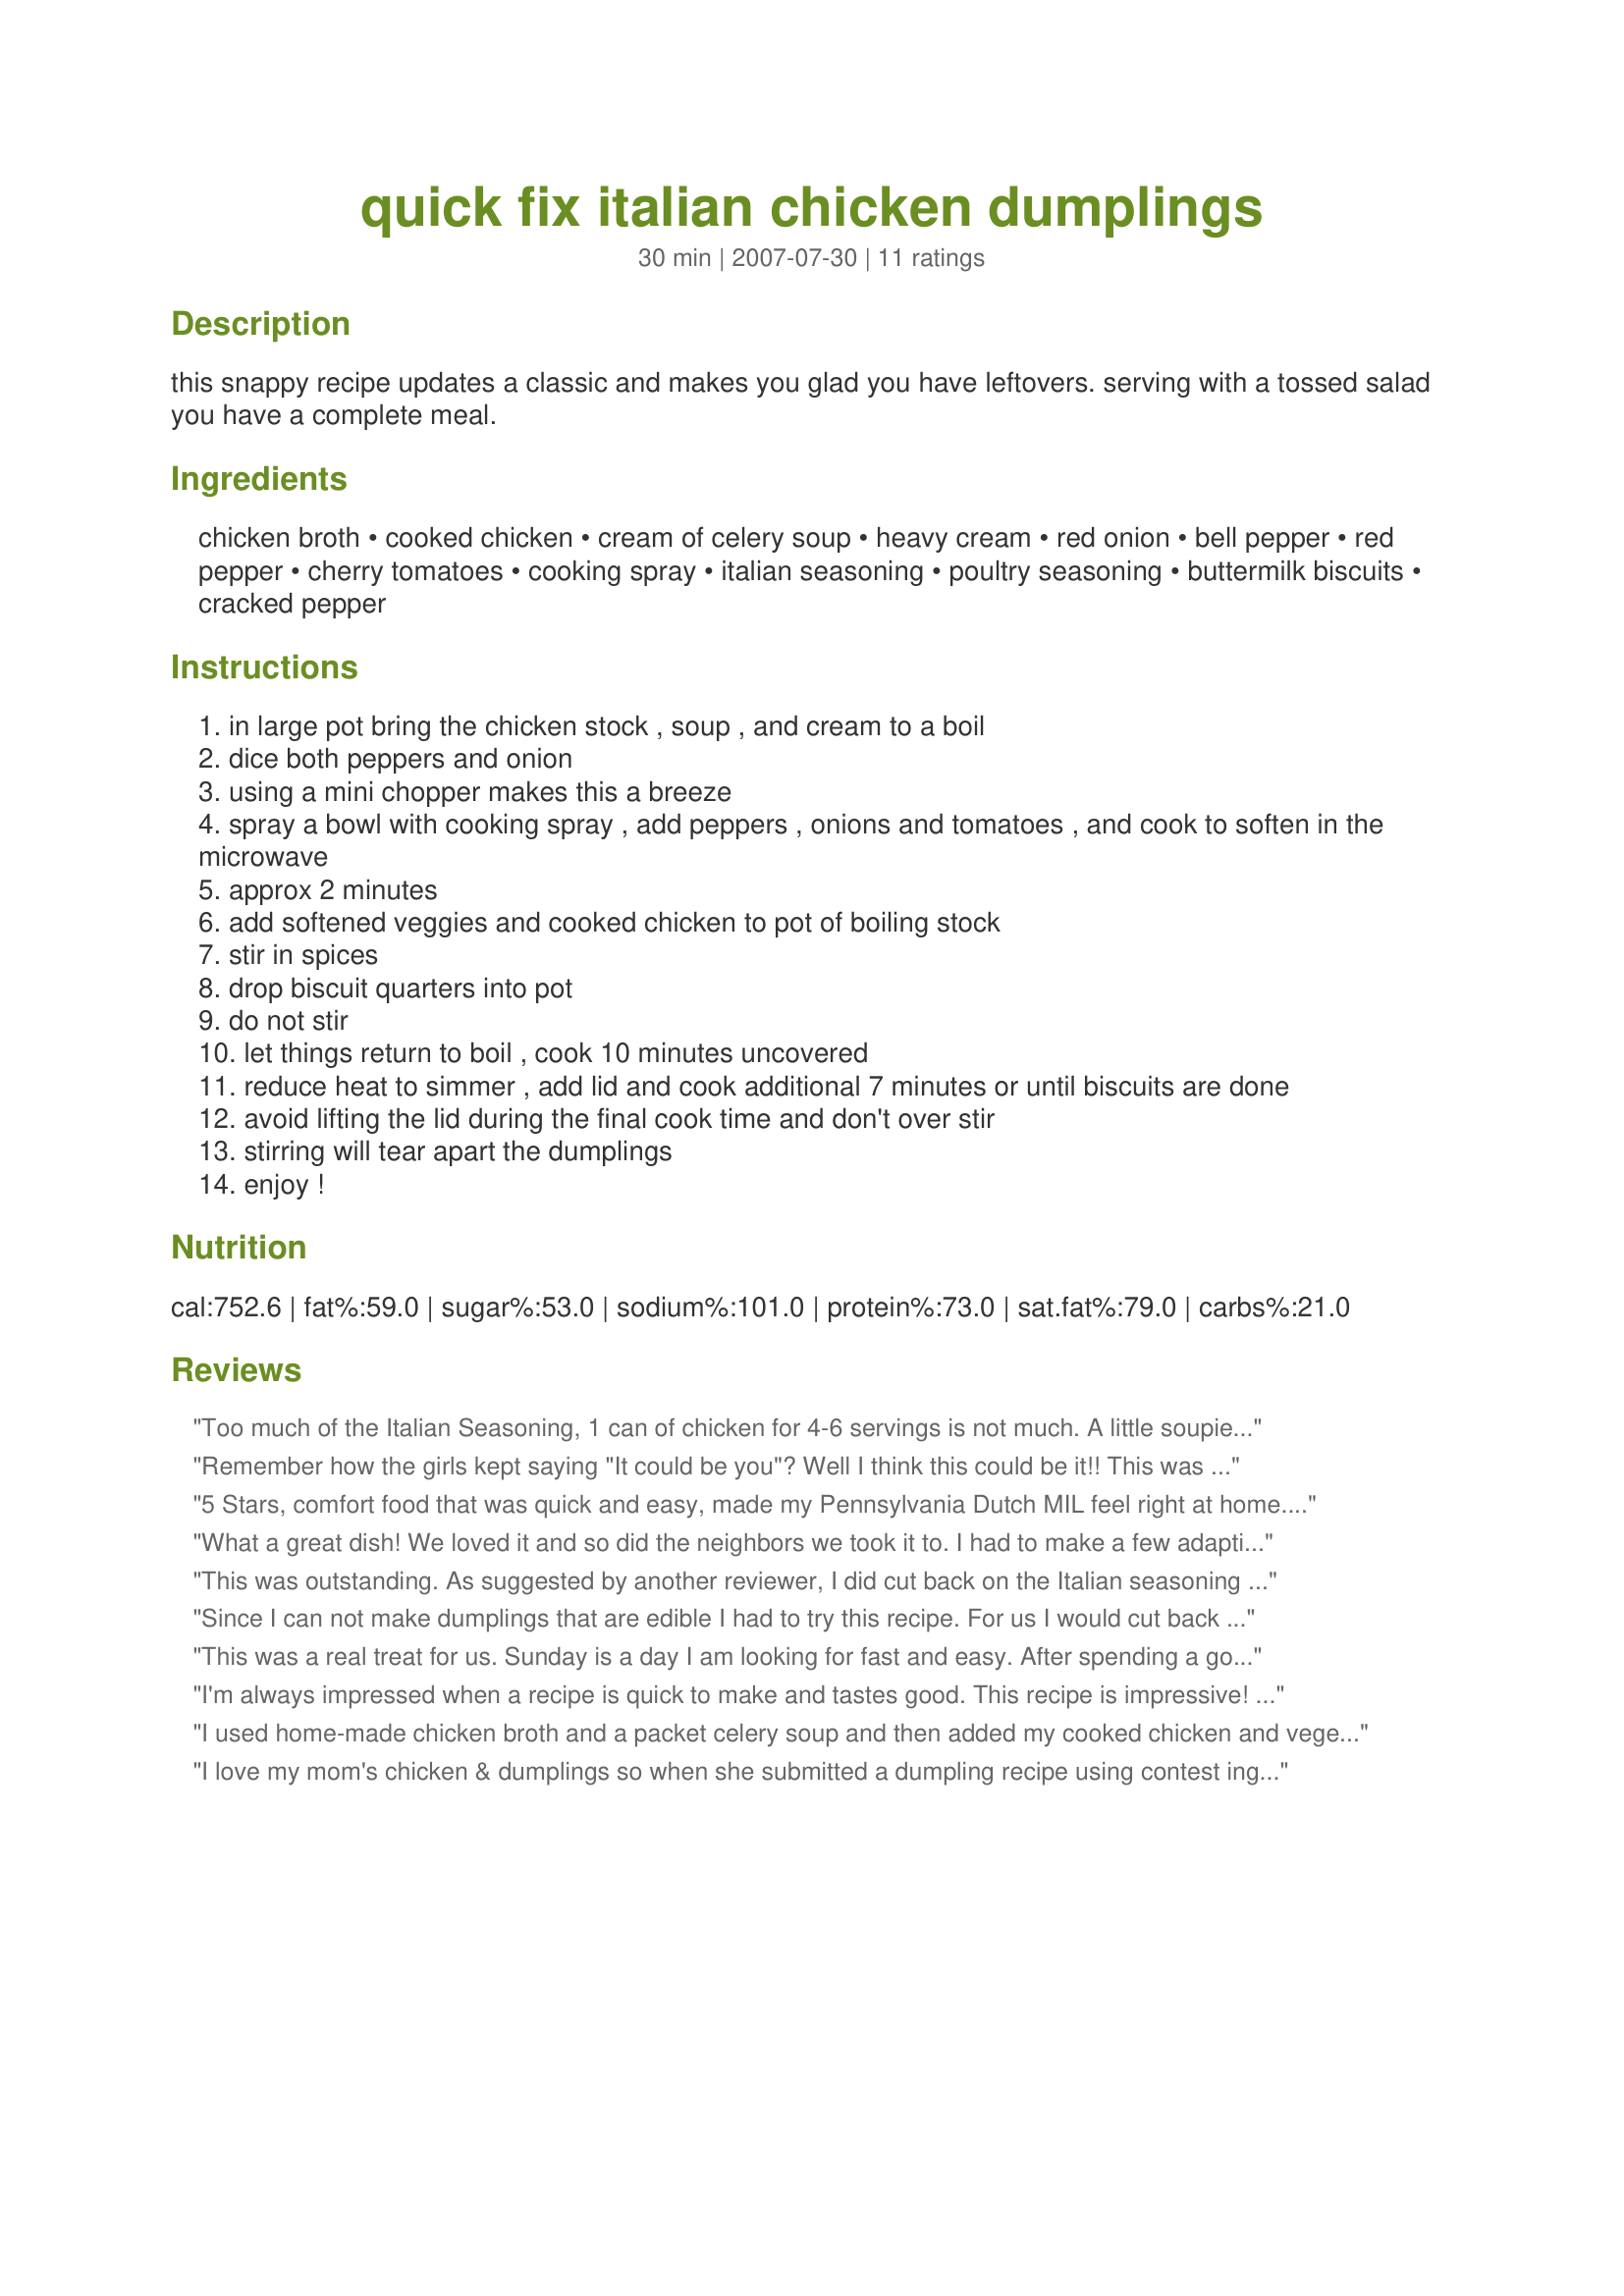
quick fix italian chicken dumplings
Preparation time: 30 minutes

this snappy recipe updates a classic and makes you glad you have leftovers. serving with a tossed salad you have a complete meal.

Ingredients:
chicken broth, cooked chicken, cream of celery soup, heavy cream, red onion, bell pepper, red pepper, cherry tomatoes, cooking spray, italian seasoning, poultry seasoning, buttermilk biscuits, cracked pepper

Steps:
in large pot bring the chicken stock , soup , and cream to a boil
dice both peppers and onion
using a mini chopper makes this a breeze
spray a bowl with cooking spray , add peppers , onions and tomatoes , and cook to soften in the microwave
approx 2 minutes
add softened veggies and cooked chicken to pot of boiling stock
stir in spices
drop biscuit quarters into pot
do not stir
let things return to boil , cook 10 minutes uncovered
reduce heat to simmer , add lid and cook additional 7 minutes or until biscuits are done
avoid lifting the lid during the final cook time and don't over stir
stirring will tear apart the dumplings
enjoy !

Reviews:
Too much of the Italian Seasoning, 1 can of chicken for 4-6 servings is not much. A little soupie for my taste. Can of chicken drained or not?
Remember how the girls kept saying "It could be you"? Well I think this could be it!! This was delicious. And so easy.
5 Stars, comfort food that was quick and easy, made my Pennsylvania Dutch MIL feel right at home. DH urged me to include at least twice as much cooked chicken next time, but that was before we ate. As it was, we were all pleasantly full, thanks to the buttermilk biscuits. Although there was a lot of Italian seasoning, the net effect was good full flavor. I followed the directions precisely. I made this at home and carried in the stockpot to MIL's house 20 minutes away; it was still hot, and the biscuit topping did not suffer from the ride. I was surprised by how much I enjoyed this dish; I normally steer clear from heavy cream combined with cream of whatever soup. This goes in my Frequent Repeat pile of Zaar recipes. Thanks for posting! Made for Zaar Cookbook Tag.
What a great dish! We loved it and so did the neighbors we took it to. I had to make a few adaptions based on personal taste and what I had on hand. I used caramelized onions and pickled red peppers instead of red onion, red and green pepper. I also subbed 1 cup spaghetti sauce for the cherry tomatoes. SInce these are already soft I didn't microwave anything I just dumped it in the pan. I didn't have Italian seasoning so instead I used McCormick Grill Mates Vegetable seasoning and garlic pepper. I also make bisquick buttermilk dumplings. Other then that (lol) I followed the recipe. This will be made again - it was great. The only change I would make is to use cubbed chicken breasts next time. Oh or rotisserie chicken! YUM
This was outstanding. As suggested by another reviewer, I did cut back on the Italian seasoning (only used 1 1/2 tablespoons), other than that I didn't change a thing. Thanks for sharing a great recipe. I chose this for Fall '07 PAC.
Since I can not make dumplings that are edible I had to try this recipe. For us I would cut back a little bit on the italian seasoning and we enjoyed the cracked pepper. Liked the sweeter flavor of the red onion with the other vegetables and neat idea using the buttermilk biscuits! Easy and tasty recipe, thank you chef and good luck.
This was a real treat for us. Sunday is a day I am looking for fast and easy. After spending a good time in the gardens we are tired. I turned to this recipe as a good source of nourishment and comfort. This was a wonderful addition to *RSC 10* contest. The recipe went together easily, and hand most things right on hand. One small change is that I had to use Bisquick for the dumplings instead of canned buttermilk biscuits and worked out perfectly. I did follow this recipe to a "T" including softening vegetables in microwave. Normally I I would of softened the vegetables right in the pot, but wanted to make the recipe as written. Our soup was a perfect consistency, not to thin, not to thick. I even used the 3 tablespoons of Italian seasoning with no adverse taste. All in all a great recipe. Best of luck, chef!
I'm always impressed when a recipe is quick to make and tastes good. This recipe is impressive! I never would have thought of using a can of buttermilk bisquits as dumplings. They worked great. Scared me a little when I saw how many spices were in the recipe but I went ahead and followed the recipe (except for the tomatoes). I didn't have any Italian Seasoning so I checked recipes on 'Zaar and found recipe #68017 - I now have enough Italian Seasoning to make Chicken & Dumplings one more time soon. Thanks for posting. I made & reviewed this for PAC, Spring 2008
I used home-made chicken broth and a packet celery soup and then added my cooked chicken and vegetables; I also added peas and carrots as you suggested this soup would be great for leftovers! As I cannot get buttermilk biscuits in France - I made my own buttermilk dumplings.......as you can see from the photo, they worked perfectly and proves that this recipe is VERY versatile, no matter where you live in the world! My husband is not a great lover of too many herbs - so I cut back on the Italian seasoning to 1 tablspoon, we still got the Italian flavour but it was subtle. I also had to use creme fraiche, I had no cream available - and although the soup may not look as creamy as Andi of Longemeadow Farm's photo - it was quite creamy and EXTREMELY tasty! I hope that I have proved that a great idea for a recipe can be adapted to personal tastes and geographical areas - a lovely RSC recipe Crazy Granny - what a GOOD baby you have been! Made for PAC Spring 2008. Wonderful! FT:-)
I love my mom's chicken & dumplings so when she submitted a dumpling recipe using contest ingredients my first thought was "oh no!". Who puts red onions or cherry tomatoes in dumplings along with Italian Seasoning by the tablespoons? I really expected to be disappointed. While these are not her classic version, they are GOOD! I made them twice during the review period of RSC #10 because they are fast, easy, and tasty. It is a creamy italian flavored soup with the bonus of dumplings. Yum! The first time I followed the ingredients & instructions to the letter. The second time I cut the poultry seasoning by half and used two cans of smaller biscuits. The result really is colorful in the bowl and although 3 tablespoons of italian seasoning seems like a lot it doesn't overpower anything. I consider the recipe a keeper and thought the chef did an excellent job coming up with creative entries for her first RSC. Way to go Mom!!!
This was soooo good when it was so cold the other day! I only used 2 Tbsp of Italian seasoning and I also substituted a can of diced tomatoes for the cherry tomatoes since I didn't have any. It turned out great and was very quick to prepare. Thanks for posting this one Crazy Granny!
